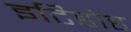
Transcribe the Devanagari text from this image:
इटिडोह